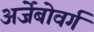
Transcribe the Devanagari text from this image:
अर्जेबोवर्ग